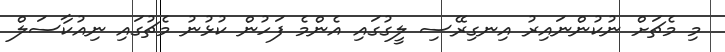
މި މެޗަށް ނުކުންނައިރު އިނގިރޭސި ލީގުގައި އެންމެ ފަހުން ކުޅުނު މެޗުގައި ނިއުކާސަލް